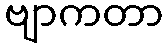
ဗျာကတာ